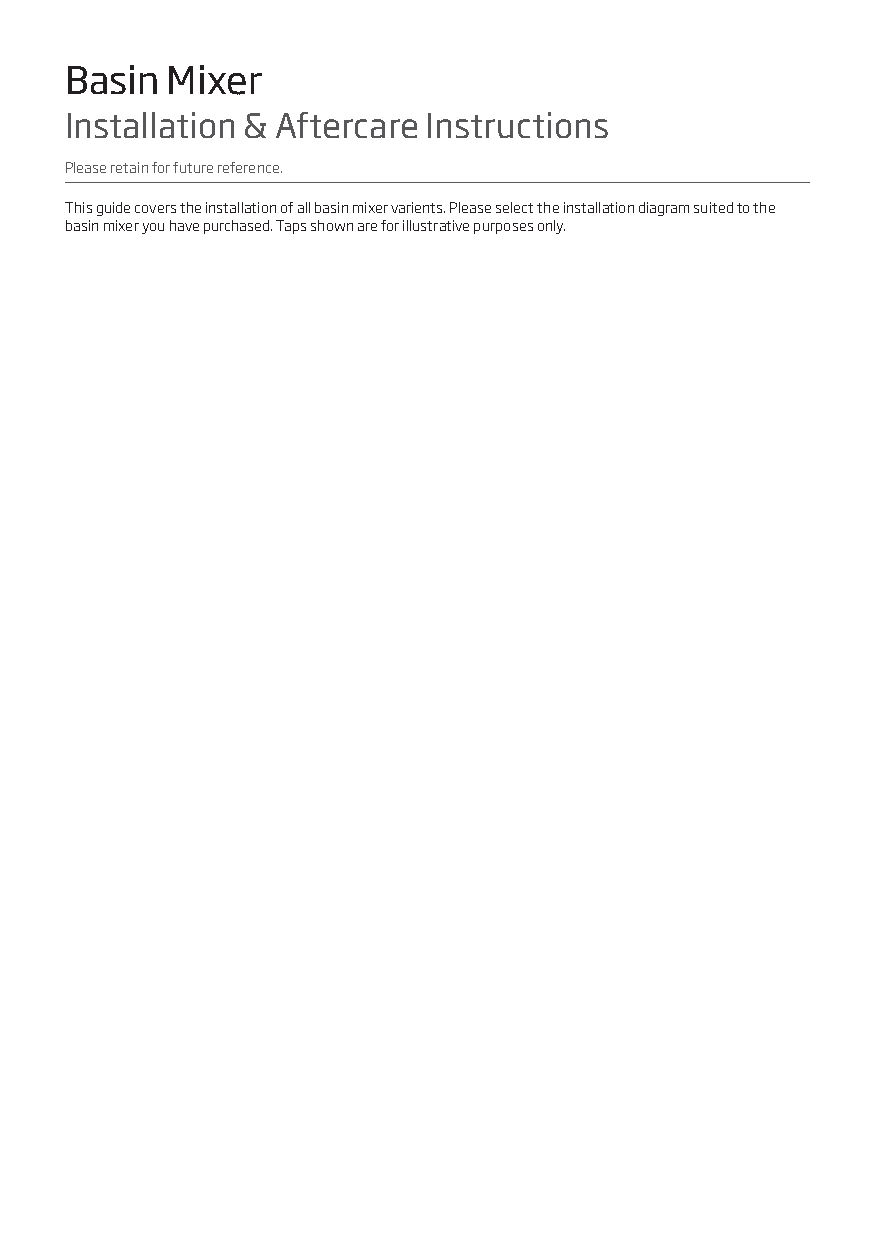
Basin  Mixer
 Installation & Aftercare Instructions
 Please retain for future reference.
 This guide covers the installation of all basin mixer varients. Please select the installation diagram suited to the
 basin mixer you have purchased. Taps shown are for illustrative purposes only.